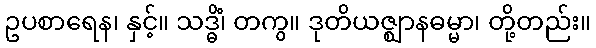
ဥပစာရေန၊ နှင့်။ သဒ္ဓိံ၊ တကွ။ ဒုတိယဇ္ဈာနဓမ္မာ၊ တို့တည်း။